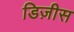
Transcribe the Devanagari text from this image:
डिज़ीस